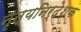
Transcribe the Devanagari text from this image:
नृत्यनिर्देशक